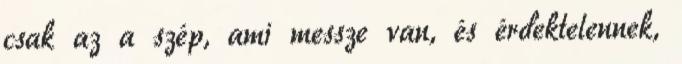
csak az a szép, ami messze van, és érdektelennek,